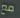
مع